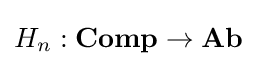
H_{n}:\mathbf {Comp} \to \mathbf {Ab}